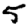
Digit: 5